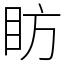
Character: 眆